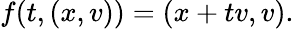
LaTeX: f(t,(x,v))=(x+tv,v).